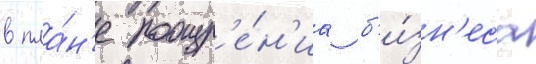
в пла́н'е поощр'е́н'иа б'и́зн'еса